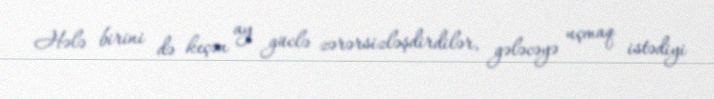
Hələ birini də keçən ay güclə zərərsizləşdirdilər, gələcəyə uçmaq istədiyi